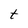
Character: t